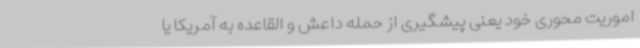
اموریت محوری خود یعنی پیشگیری از حمله داعش و القاعده به آمریکا یا